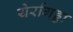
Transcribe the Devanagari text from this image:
येर्रागड्डा